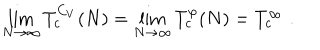
\lim _ { N \to \infty } T _ { c } ^ { C _ { V } } ( N ) = \lim _ { N \to \infty } T _ { c } ^ { \varphi } ( N ) = T _ { c } ^ { \infty } \, \, .